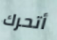
أتحرك